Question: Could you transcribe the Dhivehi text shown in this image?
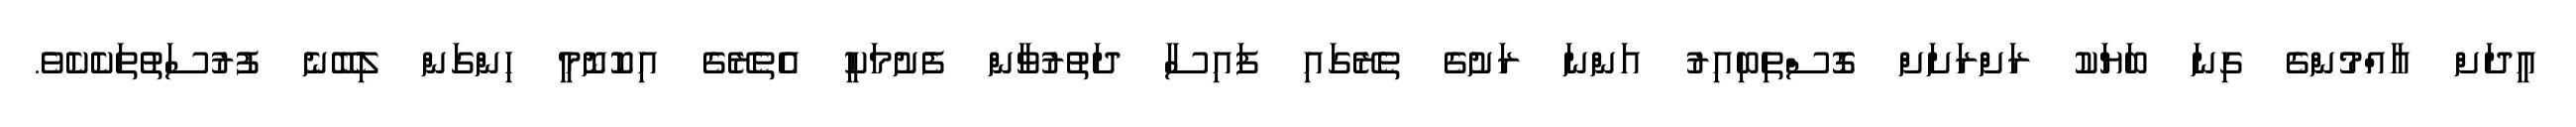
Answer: އީދަށް އާއްމުންގެ ގިނަ ބަޔަކު ރަށްރަށަށް ގޮސްތިބިއިރު އަންނަ ރަށުގެ ތެރޭގައި ފައިސާ ދަތުރުވާން ފެށުމަކީ އެތެރޭގެ އިކޮނޮމީ ހިންގަން ލިބޭނެ ފުރުސަތުތަކެކެވެ.